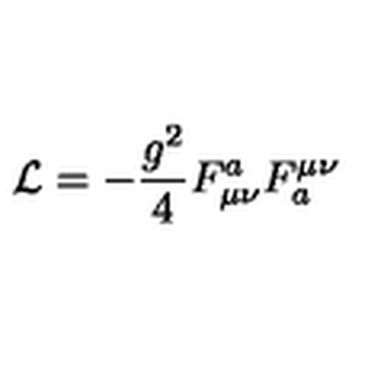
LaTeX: { \cal L } = - \frac { g ^ { 2 } } { 4 } F _ { \mu \nu } ^ { a } F _ { a } ^ { \mu \nu }